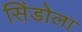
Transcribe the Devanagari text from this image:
सिंडोला